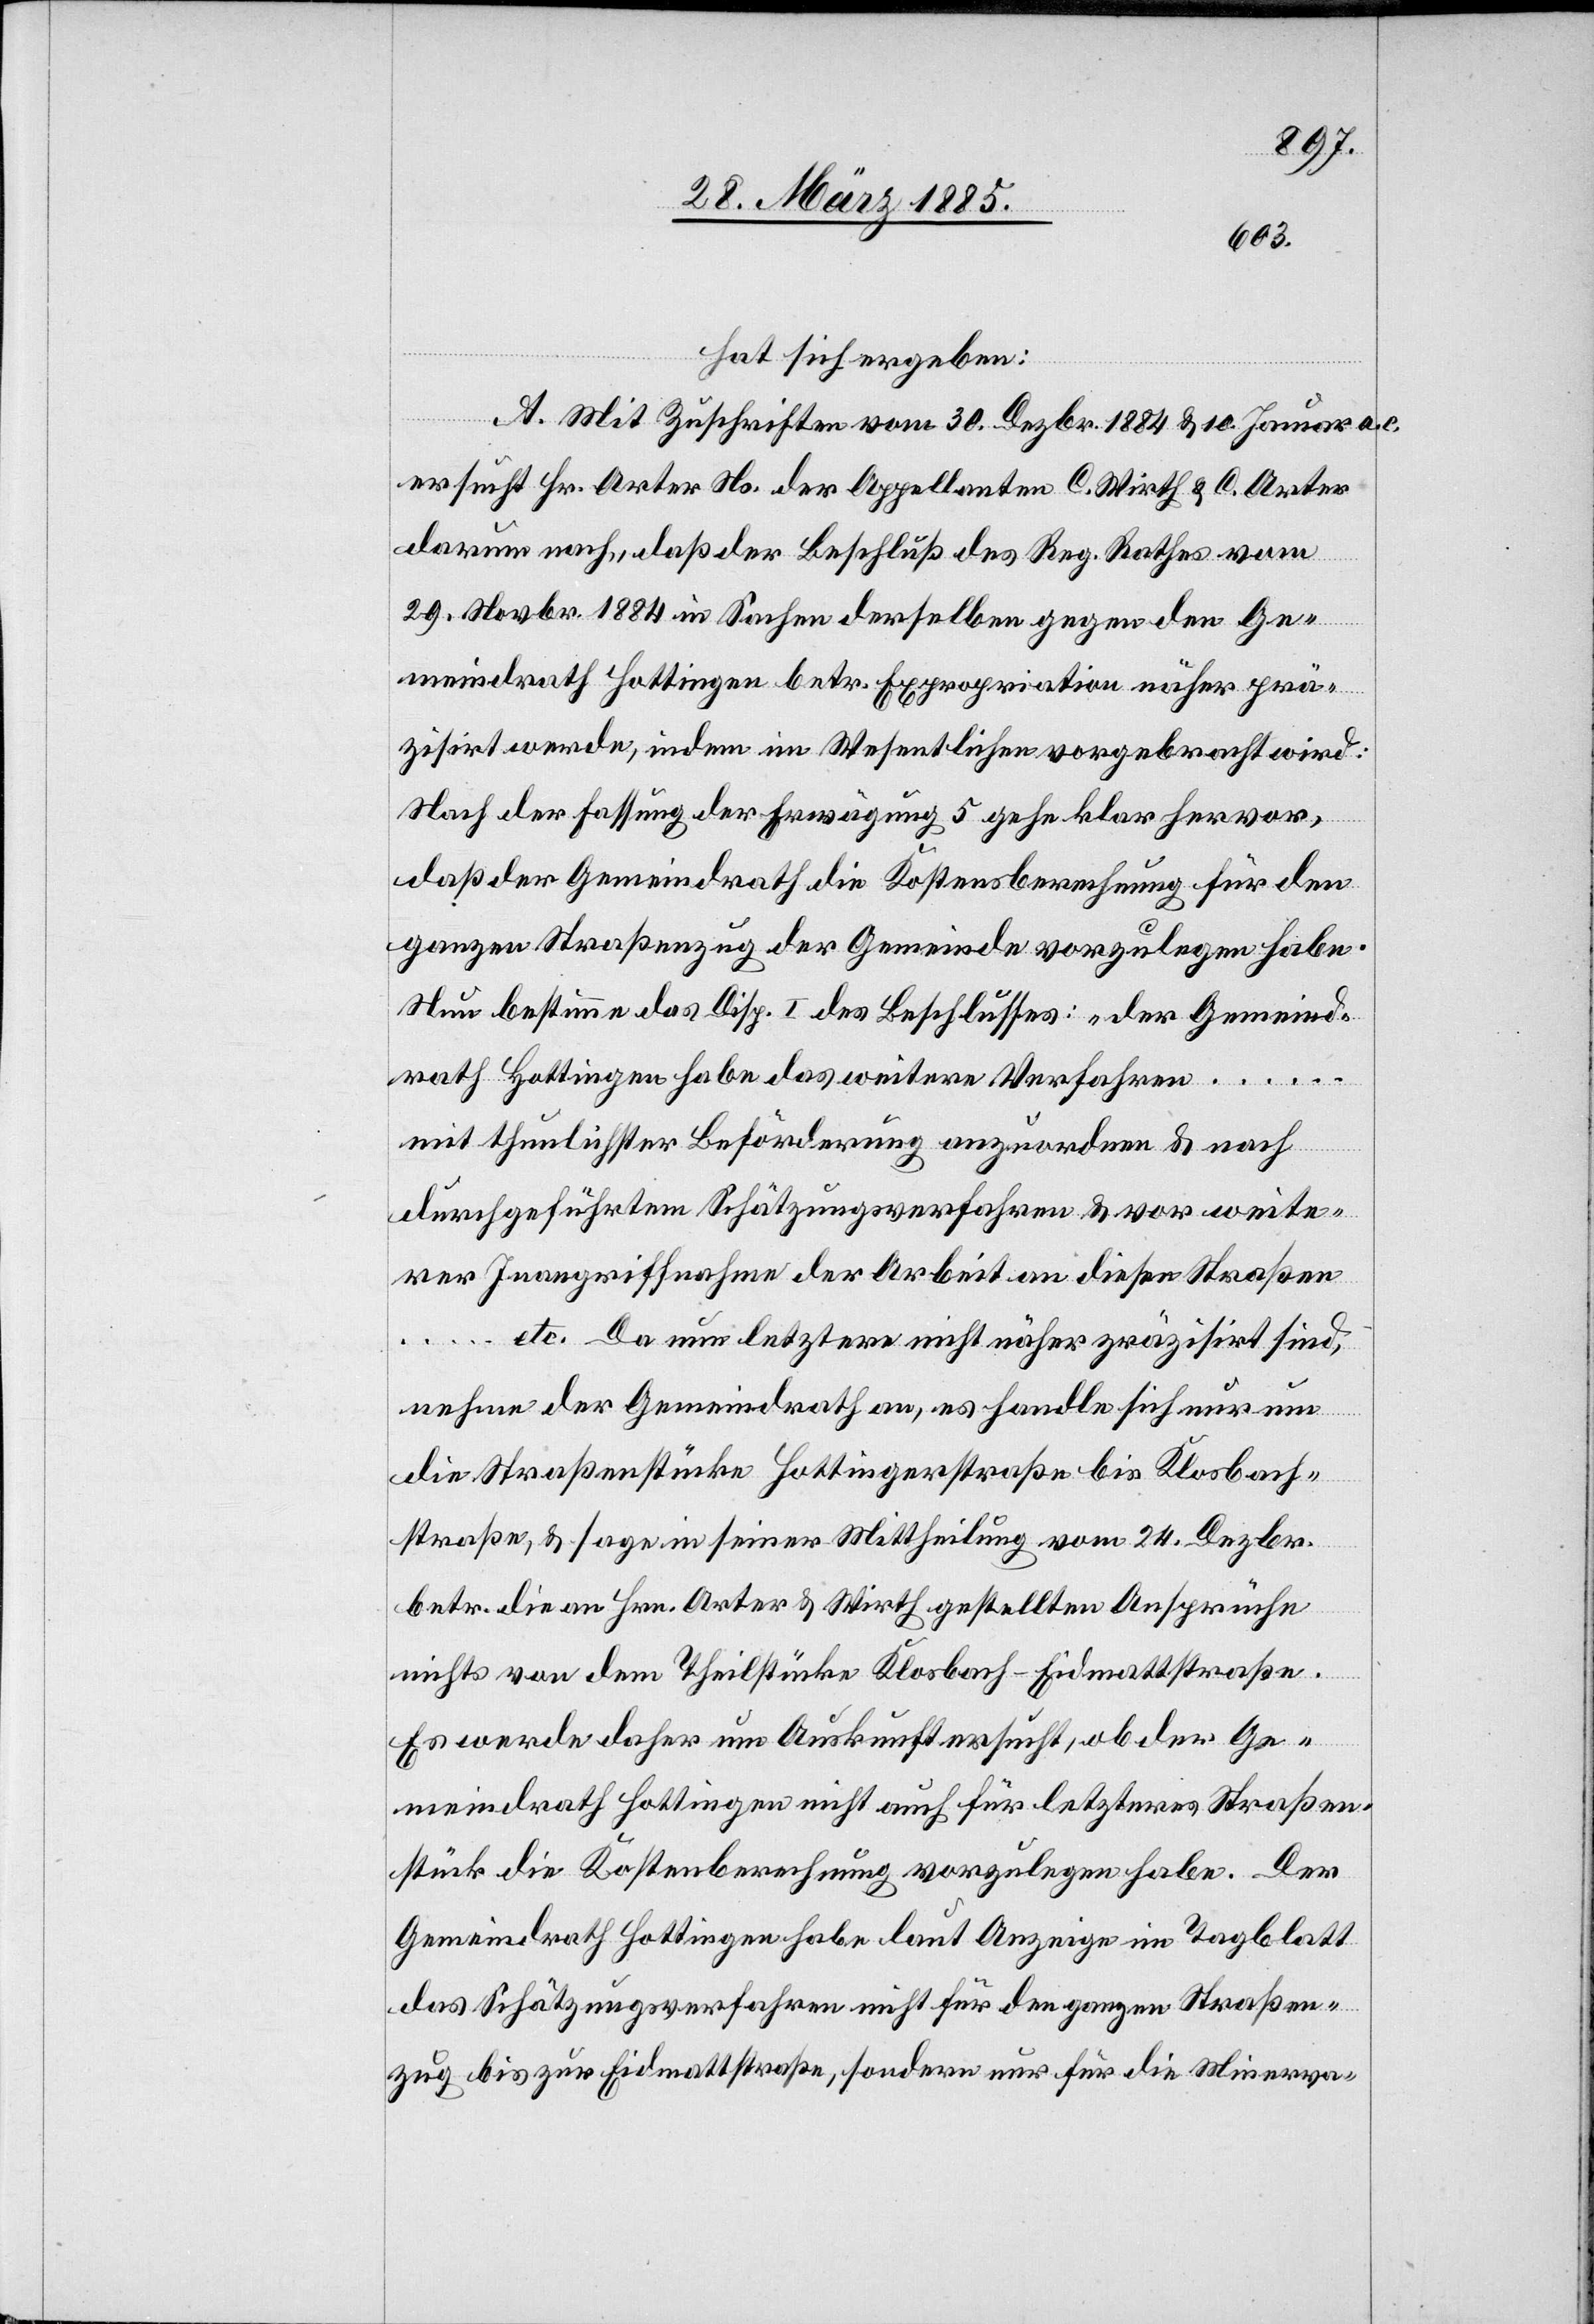
hat sich ergeben:
A. Mit Zuschriften vom 30. Dezbr. 1884 & 10. Januar a. c.
ersucht Hr. Arter Ns. der Appellanten C. Wirth & C. Arter
darum nach, daß der Beschluß des Reg. Rathes vom
29. Novbr. 1884 in Sachen derselben gegen den Ge¬
meindrath Hottingen betr. Expropriation näher prä¬
zisirt werde, indem im Wesentlichen vorgebracht wird:
Nach der Fassung der Erwägung 5 gehe klar hervor,
daß der Gemeindrath die Kostensberechnung [sic!] für den
ganzen Straßenzug der Gemeinde vorzulegen habe.
Nun bestimme das Disp. I des Beschlusses: „der Gemeind¬
rath Hottingen habe das weitere Verfahren …
mit thunlichster Beförderung anzuordnen & nach
durchgeführtem Schätzungsverfahren & vor weite¬
rer Inangriffnahme der Arbeit an diesen Straßen
… etc.“ Da nun letztere nicht näher präzisirt sind,
nehme der Gemeindrath an, es handle sich nur um
die Straßenstücke Hottingerstraße bis Klosbach¬
straße, & sage in seiner Mittheilung vom 24. Dezbr.
betr. die an Hrn. Arter & Wirth gestellten Ansprüche
nichts von dem Theilstücke Klosbach–Eidmattstraße.
Es werde daher um Auskunft ersucht, ob der Ge¬
meindrath Hottingen nicht auch für letzteres Straßen¬
stück die Kostenberechnung vorzulegen habe. Der
Gemeindrath Hottingen habe laut Anzeige im Tagblatt
das Schätzungsverfahren nicht für den ganzen Straßen¬
zug bis zur Eidmattstraße, sondern nur für die Minerva-